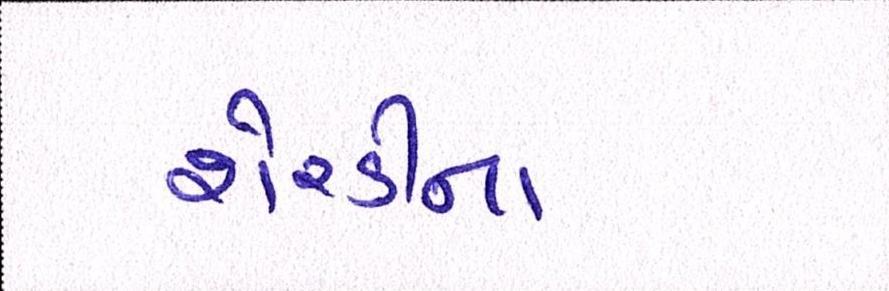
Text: શેરડીના